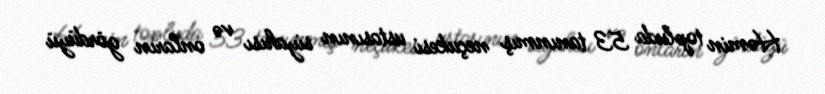
Həmin topluda 53 tanınmış neçukesi ustasının siyahısı və onların gördüyü